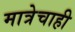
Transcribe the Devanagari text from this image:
मात्रेचाही